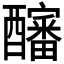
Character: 𰼖